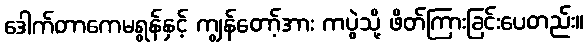
ဒေါက်တာကေမရွန်နှင့် ကျွန်တော့်အား ကပွဲသို့ ဖိတ်ကြားခြင်းပေတည်း။